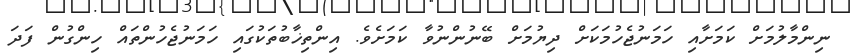
ނިންމާލުމަށް ކަމަށާއި ހަމަނުޖެހުމަކަށް ދިޔުމަށް ބޭނުންނުވާ ކަމަށެވެ. އިންތިޚާބުތަކުގައި ހަމަނުޖެހުންތައް ހިންގުން ފަދަ